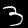
Label: 3